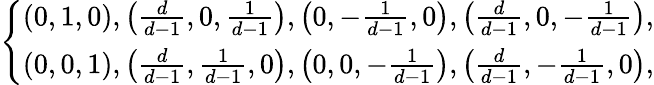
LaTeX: \left\{ \begin{array}{lll}{\left(0,1,0\right),\left(\frac{d}{d-1},0,\frac{1}{d-1}\right),\left(0,-\frac{1}{d-1},0\right),\left(\frac{d}{d-1},0,-\frac{1}{d-1}\right),}\\ {\left(0,0,1\right),\left(\frac{d}{d-1},\frac{1}{d-1},0\right),\left(0,0,-\frac{1}{d-1}\right),\left(\frac{d}{d-1},-\frac{1}{d-1},0\right),}\end{array}\right.